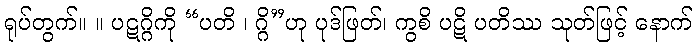
ရုပ်တွက်။ ။ ပဋဂ္ဂိကို “ပတိ ၊ ဂ္ဂိ”ဟု ပုဒ်ဖြတ်၊ ကွစိ ပဋိ ပတိဿ သုတ်ဖြင့် နောက်